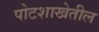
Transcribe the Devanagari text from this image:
पोटशाखेतील